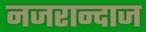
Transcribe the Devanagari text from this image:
नजरान्दाज